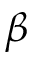
\beta